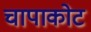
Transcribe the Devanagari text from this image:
चापाकोट